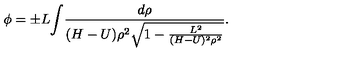
{ \phi } = { \pm } L { { \int } { \frac { d \rho } { ( H - U ) \rho ^ { 2 } { \sqrt { 1 - { \frac { L ^ { 2 } } { ( H - U ) ^ { 2 } \rho ^ { 2 } } } } } } } } .